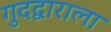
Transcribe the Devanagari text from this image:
गुदद्वाराला